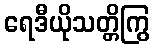
ရေဒီယိုသတ္တိကြွ